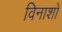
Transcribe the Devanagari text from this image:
विनाशों